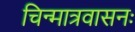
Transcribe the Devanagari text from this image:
चिन्मात्रवासनः